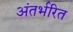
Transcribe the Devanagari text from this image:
अंतर्भरित